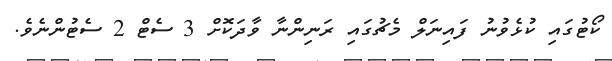
ކޯޓުގައި ކުޅެވުނު ފައިނަލް މެޗުގައި ރަނިންނާ ވާދަކޮށް 3 ސެޓް 2 ސެޓުންނެވެ.